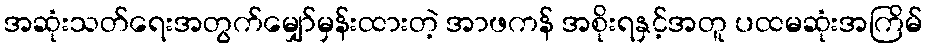
အဆုံးသတ်ရေးအတွက်မျှော်မှန်းထားတဲ့ အာဖကန် အစိုးရနှင့်အတူ ပထမဆုံးအကြိမ်